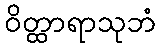
ဝိတ္ထာရာသုဘံ